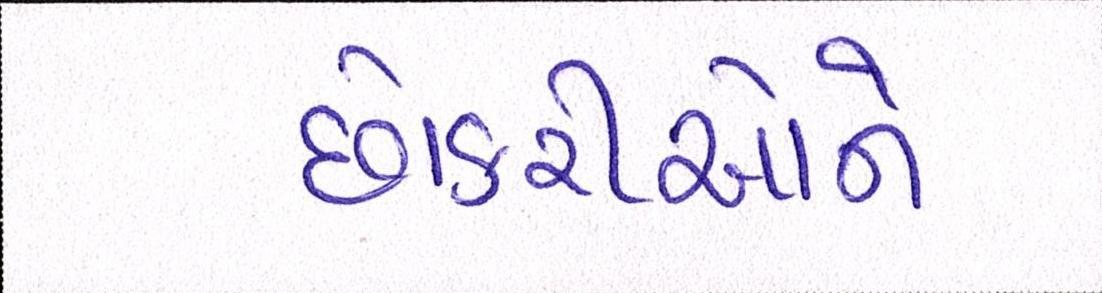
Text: છોકરીઓને